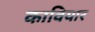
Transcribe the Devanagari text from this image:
कावियार